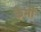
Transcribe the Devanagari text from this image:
केभी